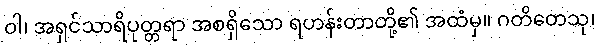
ဝါ၊ အရှင်သာရိပုတ္တရာ အစရှိသော ရဟန်းတာတို့၏ အထံမှ။ ဂတိတေသု၊